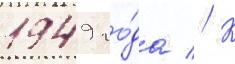
1949 го́да // К